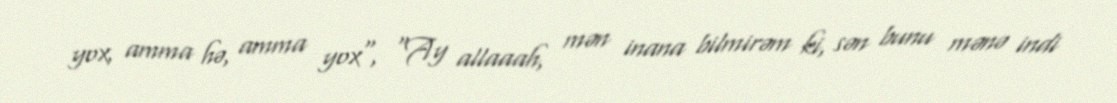
yox, amma hə, amma yox", "Ay allaaah, mən inana bilmirəm ki, sən bunu mənə indi